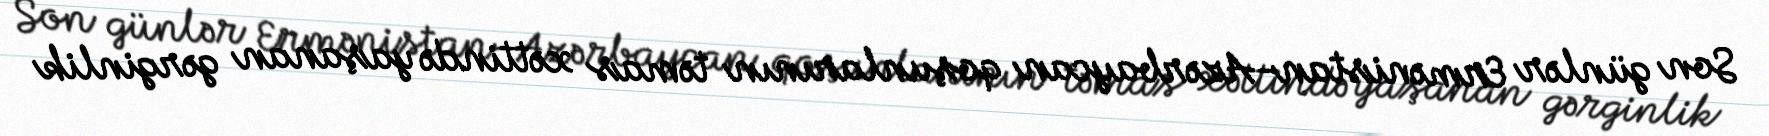
Son günlər Ermənistan-Azərbaycan qoşunlarının təmas xəttində yaşanan gərginlik